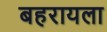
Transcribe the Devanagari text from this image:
बहरायला